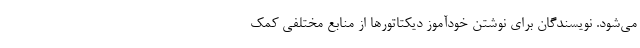
می‌شود. نویسندگان برای نوشتن خودآموز دیکتاتورها از منابع مختلفی کمک